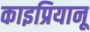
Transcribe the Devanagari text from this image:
काइप्रियानू